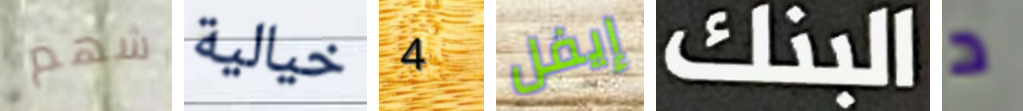
شهم خيالية 4 إيفل البنك د